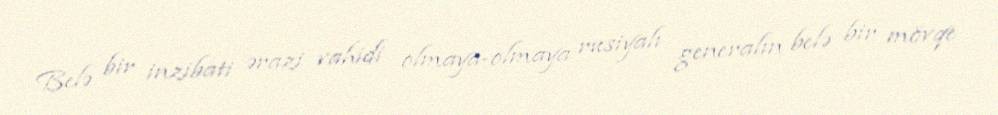
Belə bir inzibati ərazi vahidi olmaya-olmaya rusiyalı generalın belə bir mövqe